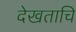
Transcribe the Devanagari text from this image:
देखताचि